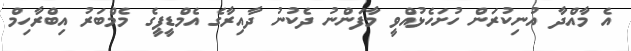
އެ މާއްދާ އުނިކުރަން ހުށަހެޅުއްވީ މާފަންނު ދެކުނު ދާއިރާގެ އެމްޑީޕީގެ މެމްބަރު އިބްރާހިމް